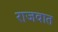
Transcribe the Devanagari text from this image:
राजवात